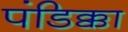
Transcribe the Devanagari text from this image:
पंडिक्का